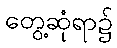
တွေ့ဆုံရာ၌